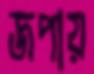
জপায়